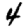
Digit: 4